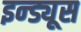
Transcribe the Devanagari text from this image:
इन्ड्यूस